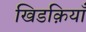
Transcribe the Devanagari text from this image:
खिडक़ियाँ